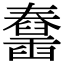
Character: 𦦱